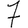
Digit: 7